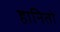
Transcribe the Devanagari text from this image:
हानितो